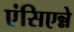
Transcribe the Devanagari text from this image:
एंसिएन्ने